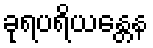
ခုရပရိယန္တေန